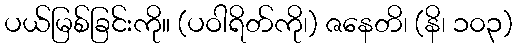
ပယ်မြစ်ခြင်းကို။ (ပဝါရိတ်ကို၊) ဇနေတိ၊ (နိ၊ ၁၀၃)